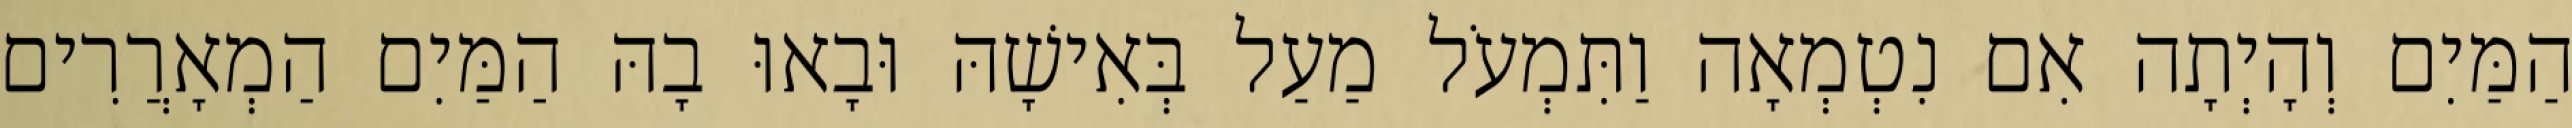
הַמַּיִם וְהָיְתָה אִם נִטְמְאָה וַתִּמְעֹל מַעַל בְּאִישָׁהּ וּבָאוּ בָהּ הַמַּיִם הַמְאָרֲרִים